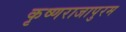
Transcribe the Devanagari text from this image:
कृष्णराजापुरम